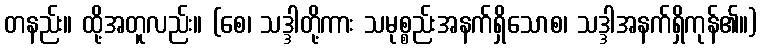
တနည်း။ ထို့အတူလည်း။ (စေ၊ သဒ္ဒါတို့ကား သမုစ္စည်းအနက်ရှိသောစ၊ သဒ္ဒါအနက်ရှိကုန်၏။)